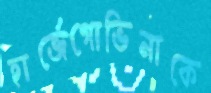
হার্জেগোভিনাকে